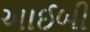
આઈબી